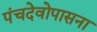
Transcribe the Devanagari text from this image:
पंचदेवोपासना